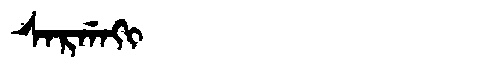
Manchu: ᠰᠠᡵᡤᠠᡴᡳ
Romanization: SARGAKI